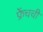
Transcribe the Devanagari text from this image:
फ्रेंचची